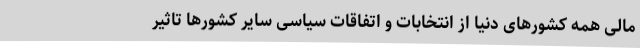
مالی همه کشورهای دنیا از انتخابات و اتفاقات سیاسی سایر کشورها تاثیر